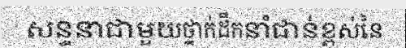
សន្ទនាជាមួយថ្នាក់ដឹកនាំជាន់ខ្ពស់នៃ